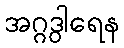
အဂ္ဂဒွါရေန